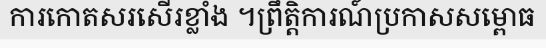
ការកោតសរសើរខ្លាំង ។ព្រឹត្តិការណ៍ប្រកាសសម្ពោធ